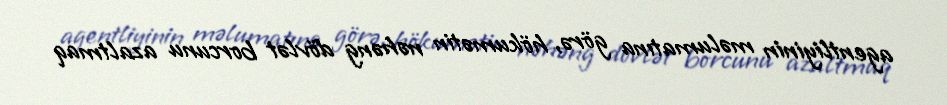
agentliyinin məlumatına görə, hökumətin nəhəng dövlət borcunu azaltmaq